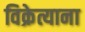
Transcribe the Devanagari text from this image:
विक्रेत्याना